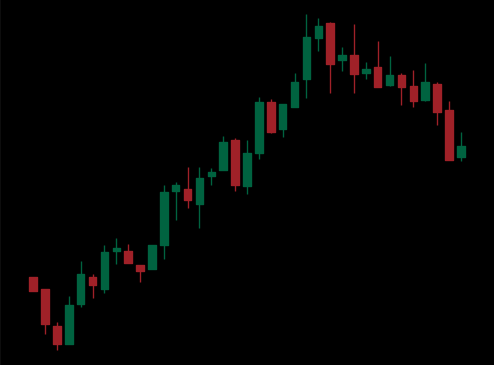
Pattern: bear_flag